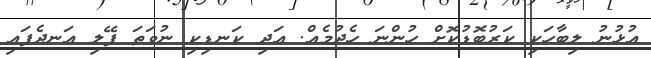
އުޅުނު ލިބާހަކި ކަރުބޮޑުކޮށް ހުންނަ ހެދުމެއް. އަދި ކަނޑިކި ނުވަތަ ފޭލި އަނދެފައި